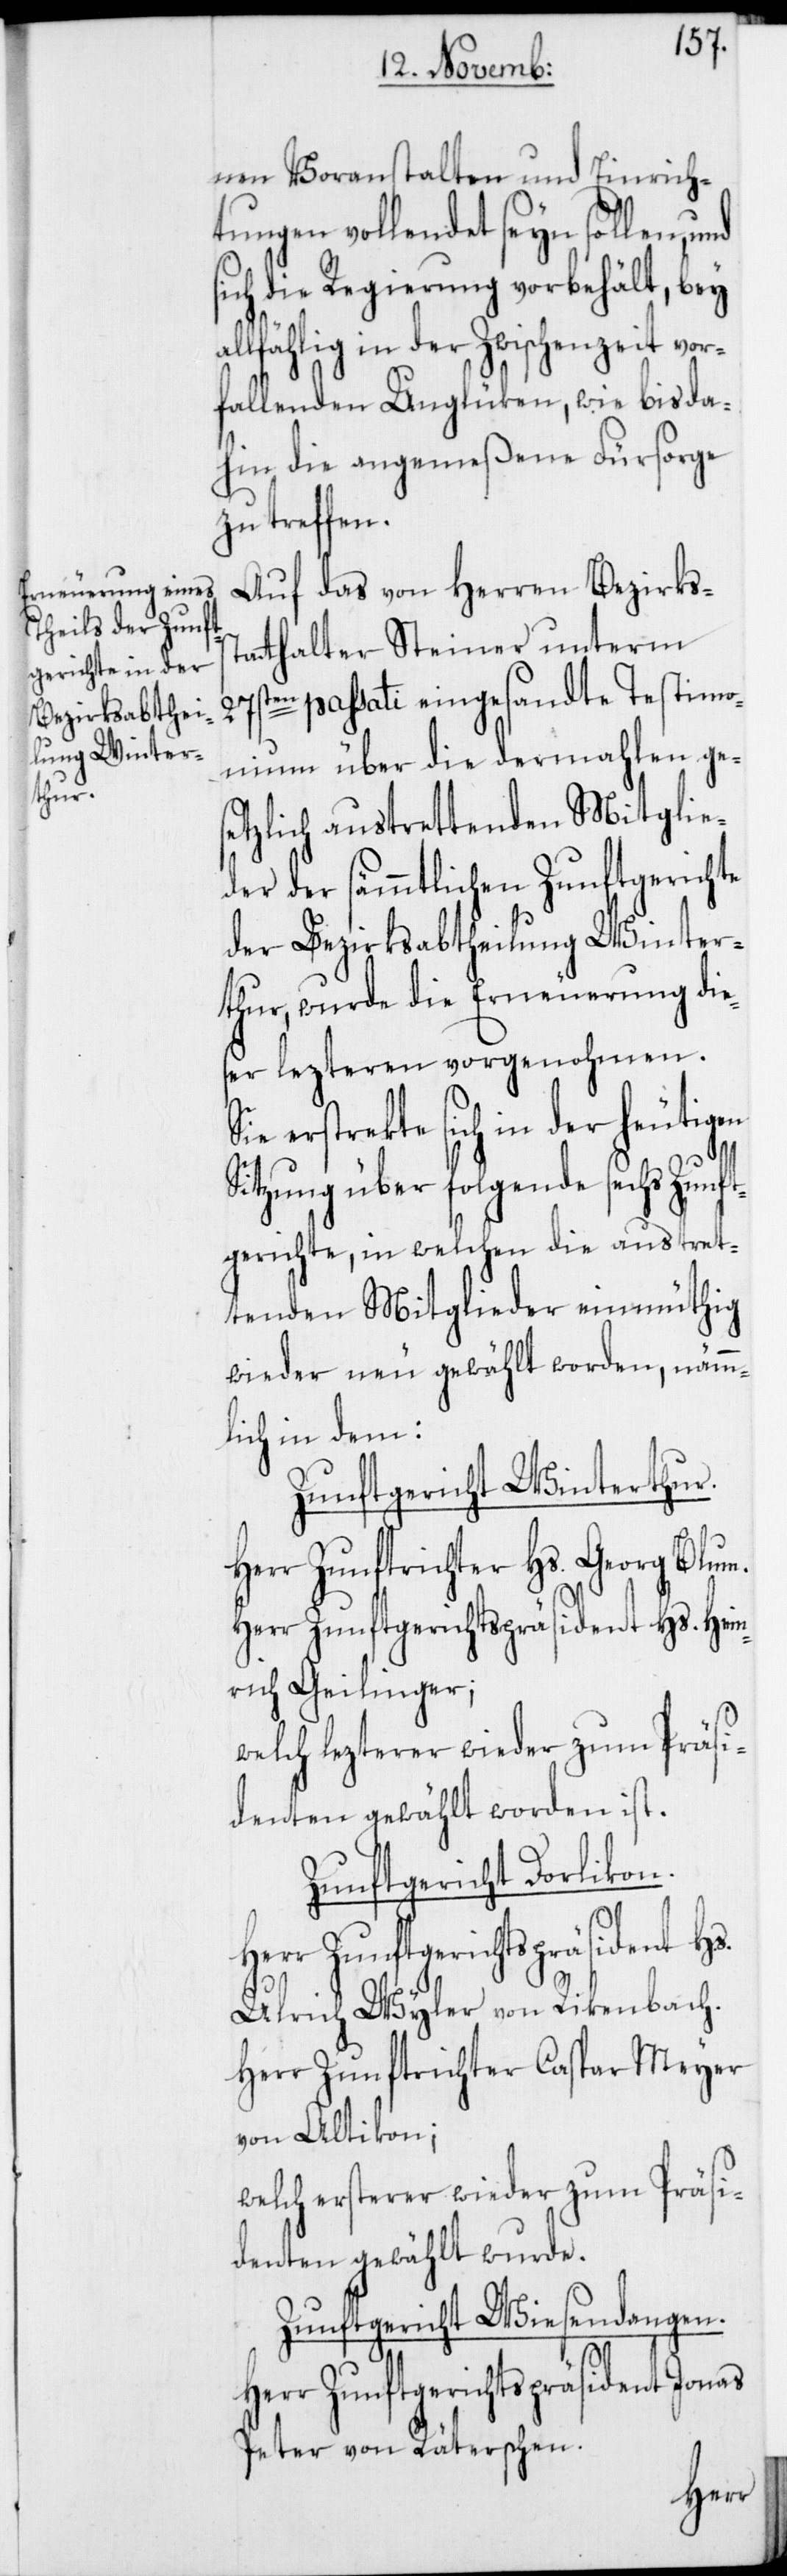
nen Voranstalten und Einrich¬
tungen vollendet seyn sollen,
sich die Regierung vorbehält, bey
allfählig in der Zwischenzeit vor¬
fallenden Unglüken, wie bisda¬
hin die angemeßene Fürsorge
zu treffen.
Auf das von Herren Bezirkss¬
tatthalter Steiner unterm
27sten passati eingesandte Testimo¬
nium über die dermahlen ges¬
etzlich austrettenden Mitglie¬
der der sämmtlichen Zunftgerichte
der Bezirksabtheilung Winter¬
thur, wurde die Erneuerung die¬
ser lezteren vorgenohmen.
erstrekte sich in der heutigen
m.
Sitzung über folgende sechs Zunft¬
gerichte, in welchen die austret¬
tenden Mitglieder einmüthig
wieder neu gewählt worden, nämm¬
lich in dem:
Zunftgericht Winterthur.
r Zunftrichter Hs. Georg Blu¬
Herr Zunftgerichtspräsident Hs.
rich Geilinger;
welch lezterer wieder zum Präsi¬
denten gewählt worden ist.
Zunftgericht Dorlikon.
Ulrich Wyler von Rikenbach.
Herr Zunftrichter Caspar Meyer
von Altikon;
welch ersterer wieder zum Präsi¬
denten gewählt wurde.
Zunftgericht Wiesendangen.
Herr Zunftgerichtspräsident Jonas
Peter von Räterschen.
Her¬